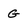
Character: G